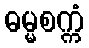
ဓမ္မစက္ကံ